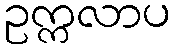
ဥက္ကလာပ